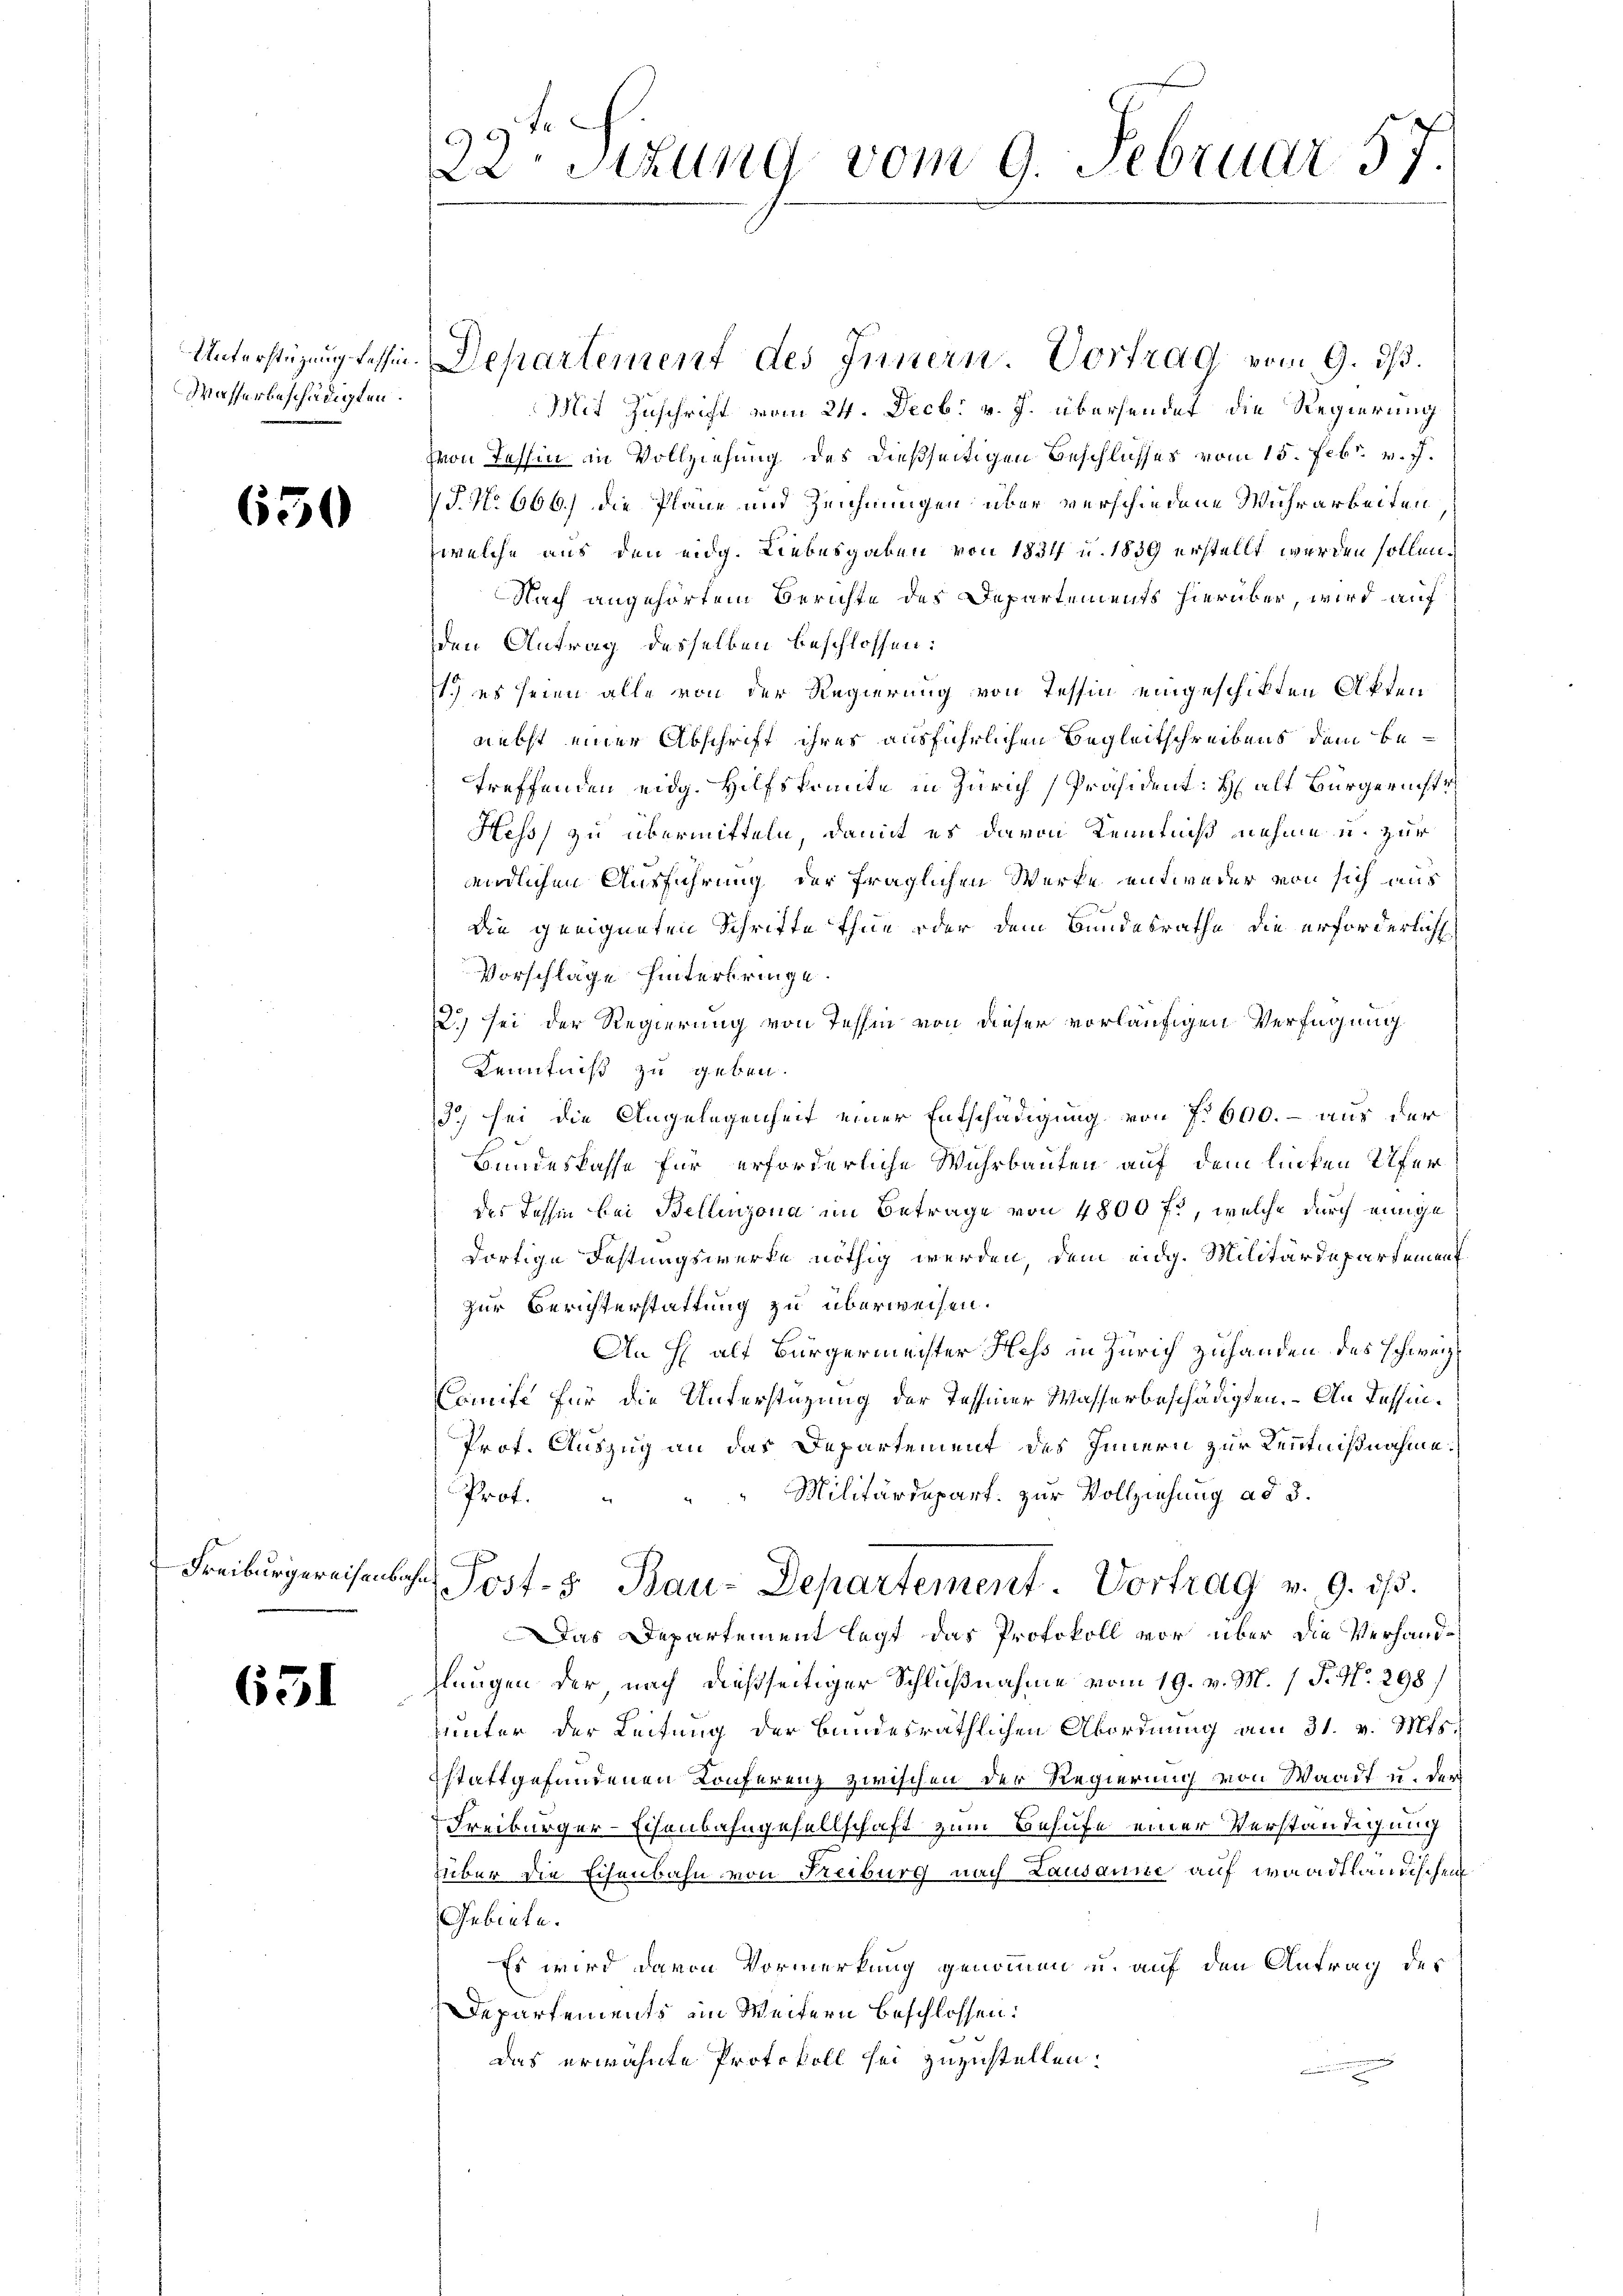
Unterstüzung deshin
Wasserbeschädigten.

650

Freiburgereisenb

651

22. Sizung vom 9. Februar 57

Departement des Innern. Vortrag vom 9. ds.
Mit Zuschrift vom 24. Decbr v. J. übersendet die Regierung
zon Tessin in Vollziehung des dießseitigen Beschlusses vom 15. Febr. v. J.
7 J. No 666.) die Plane und Zeichnungen über verschiedene Wuhrarbeiten
welche aus den eidg. Liebesgaben von 1831 u. 1839 erstellt werden sollen.
Nach angehörtem Berichte des Departements hierüber, wird auf
den Antrag desselben beschlossen:
1.) es seien alle von der Regierung von Tessin eingeschikten Akten
nebst einer Abschrift ihres ausführlichen Begleitschreibens dem betreffenden eidg. Hilfskonnte in Zürich Präsident: Halt Bürgericht
Hess zu übermitteln, damit es davon Kenntniß nehme u. zur
ändlichen Ausführung der fraglichen Werke entweder von sich aus
die geeigneten Schrifte thue oder dem Bundesrathe die erforderlich
Vorschläge hinterbringe.
2.) sei der Regierung von Tessin von dieser vorläufigen Verfügung
Kenntniß zu geben.
13, sei die Angelegenheit einer Entschädigung von No 600. – aus der
Bundeskasse für erforderliche Wuhrbauten auf dem linken Ufer
des Tessin bei Bellinzona im Betrage von 4800 fl, welche durch einige
dortige Festungswerke nöthig werden, dem eidg. Militärdepartement
zur Berichterstattung zu überweisen.
An Halt Bürgermeister Hess in Zürich zuhanden des schweiz
mife für die Unterstüzung der Tessiner Wasserbeschädigten. An Tessin¬
Prof. Auszug an das Departement des Innern zur Kenntnißnahme:
Militärdepart. zur Vollziehung ad 3.
Prof.
t Post- & Bau-Departement. Vortrag v. 9. ds.
Das Departement legt das Protokoll vor über die Verhandhlungen der nach dießseitiger Schlußnahme vom 19. v. M. 1 P. No 298/
unter der Leitung der Bundesräthlichen Abordnung am 31. v. Mts.
stattgefundenen Konferenz zwischen der Regierung von Waadt u. der
Freiburger-Eisenbahngesellschaft zum Behufe einer Verständigung
über die Eisenbahn von Reiburg nach Lausanne auf Waadtlandischei
Gebiete.
Es wird davon Vormerkung genommen u. auf den Antrag der
Departements ein Weitern beschlossen:
das erwähnte Protokoll sei zuzustellen.